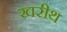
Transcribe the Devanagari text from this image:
खरीथ